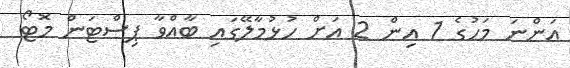
އަންނަ މަހުގެ 1 އިން 2 އަށް ހުޅުމާލޭގައި ބާއްވާ ޕިސްޓަން މޮޓޯ